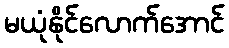
မယုံနိုင်လောက်အောင်